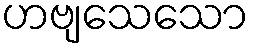
ဟဗျသေသော